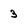
Character: 3